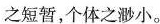
之短暂，个体之渺小。